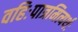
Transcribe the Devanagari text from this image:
वहिःपात्रमित्यर्थः